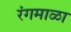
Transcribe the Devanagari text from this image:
रंगमाळा